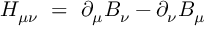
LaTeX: H _ { \mu \nu } \ = \ \partial _ { \mu } B _ { \nu } - \partial _ { \nu } B _ { \mu }